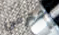
اعترفي